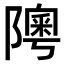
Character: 𨼟